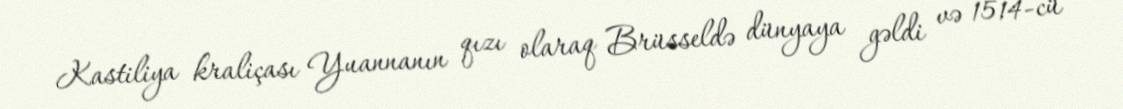
Kastiliya kraliçası Yuannanın qızı olaraq Brüsseldə dünyaya gəldi və 1514-cü